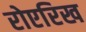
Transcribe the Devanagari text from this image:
रोएरिख